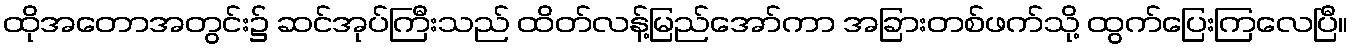
ထိုအတောအတွင်း၌ ဆင်အုပ်ကြီးသည် ထိတ်လန့်မြည်အော်ကာ အခြားတစ်ဖက်သို့ ထွက်ပြေးကြလေပြီ။